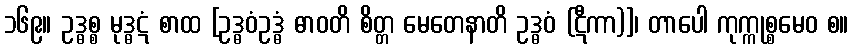
၁၆၉။ ဥဒ္ဓစ္စ မုဒ္ဓဋံ စာထ [ဥဒ္ဓဝံဥဒ္ဓံ ဓာဝတိ စိတ္တ မေတေနာတိ ဥဒ္ဓဝံ (ဋီကာ)]၊ တာပေါ ကုက္ကုစ္စမေဝ စ။